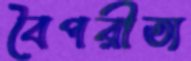
বৈপরীত্য